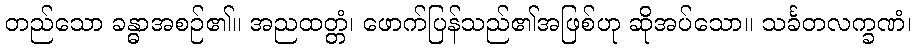
တည်သော ခန္ဓာအစဉ်၏။ အညထတ္တံ၊ ဖောက်ပြန်သည်၏အဖြစ်ဟု ဆိုအပ်သော။ သင်္ခတလက္ခဏံ၊